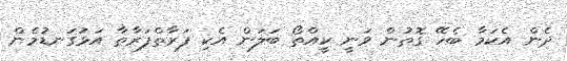
ދެން އެކަމާ ބެހޭ ގޮތުން ވަނީ ކީއްތޯ ބަލަން އެކި ފަރާތްފަރާތާ އަޅުގަނޑުމެން